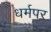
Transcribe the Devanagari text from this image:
धर्मपर